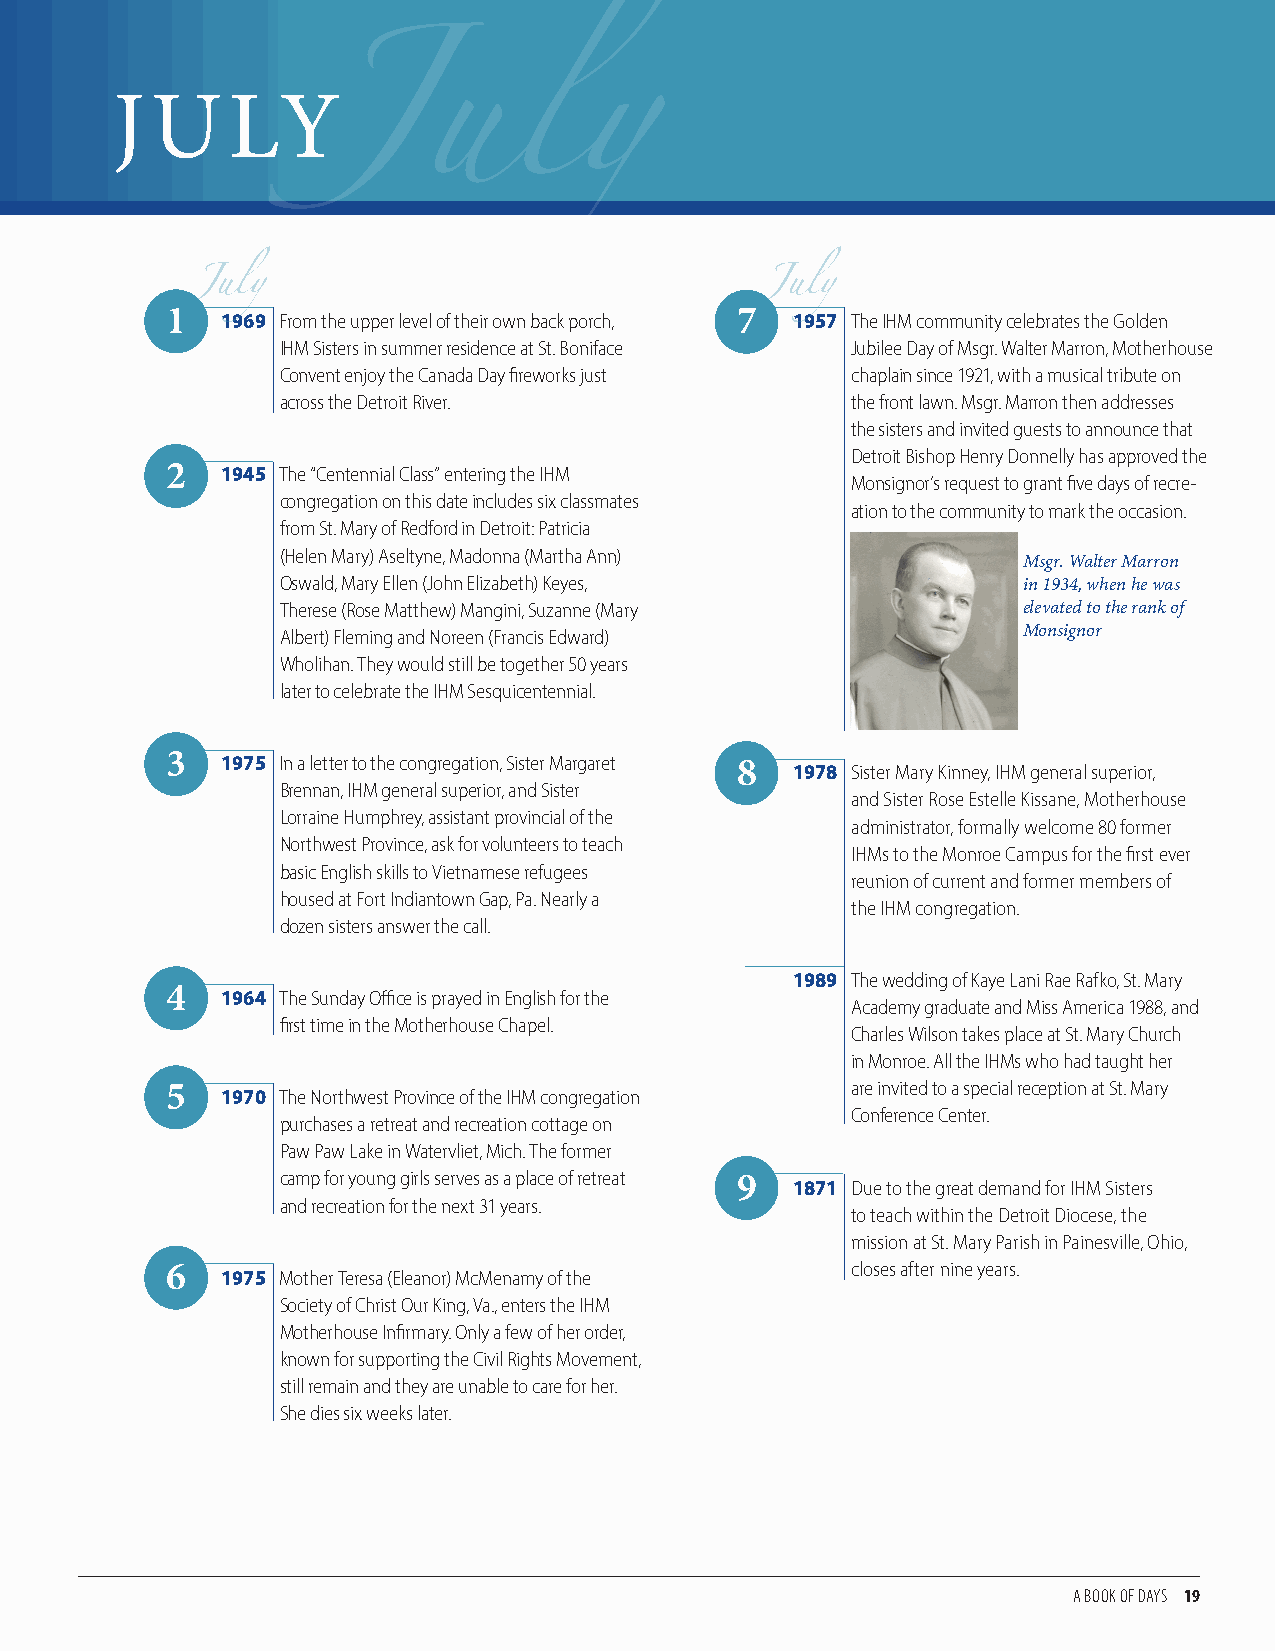
J  U    LY
 1   1969 From the upper level of their own back porch, 7 1957 The IHM community celebrates the Golden
 IHM Sisters in summer residence at St. Boniface Jubilee Day of Msgr. Walter Marron, Motherhouse
 July                                  July
 Convent enjoy the Canada Day fireworks just chaplain since 1921, with a musical tribute on
 across the Detroit River.            the front lawn. Msgr. Marron then addresses
 the sisters and invited guests to announce that
 Detroit Bishop Henry Donnelly has approved the
 2   1945 The “JCentennial Clauss” entering lthe IHM y
 Monsignor’s request to grant five days of recre-
 congregation on this date includes six classmates
 ation to the community to mark the occasion.
 from St. Mary of Redford in Detroit: Patricia
 (Helen Mary) Aseltyne, Madonna (Martha Ann)
 Msgr. Walter Marron
 Oswald, Mary Ellen (John Elizabeth) Keyes,       in 1934, when he was
 Therese (Rose Matthew) Mangini, Suzanne (Mary    elevated to the rank of
 Albert) Fleming and Noreen (Francis Edward)      Monsignor
 Wholihan. They would still be together 50 years
 later to celebrate the IHM Sesquicentennial.
 3   1975 In a letter to the congregation, Sister Margaret 8 1978 Sister Mary Kinney, IHM general superior,
 Brennan, IHM general superior, and Sister
 and Sister Rose Estelle Kissane, Motherhouse
 Lorraine Humphrey, assistant provincial of the
 administrator, formally welcome 80 former
 Northwest Province, ask for volunteers to teach
 IHMs to the Monroe Campus for the first ever
 basic English skills to Vietnamese refugees
 reunion of current and former members of
 housed at Fort Indiantown Gap, Pa. Nearly a
 the IHM congregation.
 dozen sisters answer the call.
 1989 The wedding of Kaye Lani Rae Rafko, St. Mary
 4   1964 The Sunday Office is prayed in English for the
 Academy graduate and Miss America 1988, and
 first time in the Motherhouse Chapel.
 Charles Wilson takes place at St. Mary Church
 in Monroe. All the IHMs who had taught her
 5   1970 The Northwest Province of the IHM congregation are invited to a special reception at St. Mary
 Conference Center.
 purchases a retreat and recreation cottage on
 Paw Paw Lake in Watervliet, Mich. The former
 camp for young girls serves as a place of retreat 9 1871 Due to the great demand for IHM Sisters
 and recreation for the next 31 years.
 to teach within the Detroit Diocese, the
 mission at St. Mary Parish in Painesville, Ohio,
 6   1975 Mother Teresa (Eleanor) McMenamy of the closes after nine years.
 Society of Christ Our King, Va., enters the IHM
 Motherhouse Infirmary. Only a few of her order,
 known for supporting the Civil Rights Movement,
 still remain and they are unable to care for her.
 She dies six weeks later.
 A BOOK OF DAYS 19